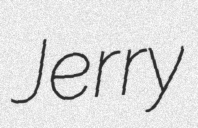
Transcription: Jerry